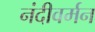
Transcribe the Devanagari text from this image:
नंदीवर्मन